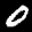
Label: 0